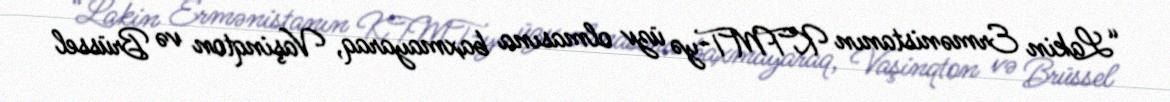
“Lakin Ermənistanın KTMT-yə üzv olmasına baxmayaraq, Vaşinqton və Brüssel